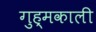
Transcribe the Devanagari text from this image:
गुह्मकाली